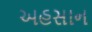
અહસાન